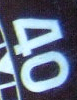
40